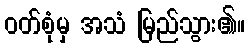
ဝတ်စုံမှ အသံ မြည်သွား၏။